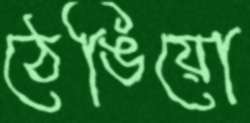
ঠেঙিয়ো